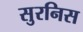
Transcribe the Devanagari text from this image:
सुरनिस